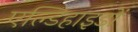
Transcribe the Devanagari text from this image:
एल्डिहाइडों